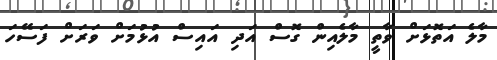
މާލެ އަތޮޅަށް ވާތީ މާލެއިން ގޮސް އަދި އައިސް އުޅުމަށް ވަރަށް ފަސޭހަ